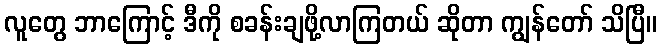
လူတွေ ဘာကြောင့် ဒီကို စခန်းချဖို့လာကြတယ် ဆိုတာ ကျွန်တော် သိပြီ။